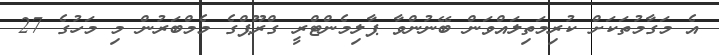
އެ މަގާމުތަކަށް ކުރިމަތިލައްވަން ބޭނުންވާ ޕާލިމެންޓްރީ ގްރޫޕްގެ މެމްބަރުން މި މަހުގެ 27